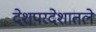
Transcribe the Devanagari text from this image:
देशपरदेशातले